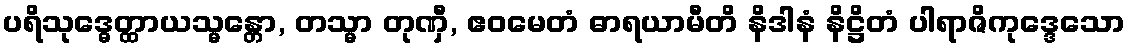
ပရိသုဒ္ဓေတ္ထာယသ္မန္တော, တသ္မာ တုဏှီ, ဧဝမေတံ ဓာရယာမီတိ နိဒါနံ နိဋ္ဌိတံ ပါရာဇိကုဒ္ဒေသော